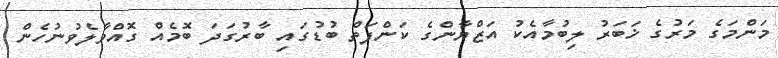
މަންމަގެ މަރުގެ ޚަބަރު ލިބުމާއެކު އަޒްޔާންގެ ކަންފަތް ބުޑުގައި ބާރުގަދަ ބޮމެއް ގޮއްވާލެވުނުހެން